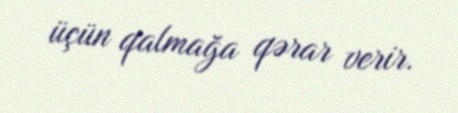
üçün qalmağa qərar verir.